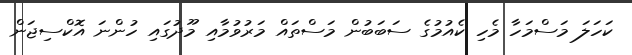
ކަހަލަ މަސްމަހާ މެހި ކެއުމުގެ ސަބަބުން މަސްތައް މަރުވުމާއި މޫދުގައި ހުންނަ އޮކްސިޖަން